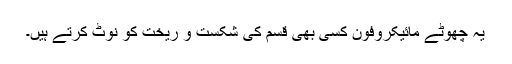
یہ چھوٹے مائیکروفون کسی بھی قسم کی شکست و ریخت کو نوٹ کرتے ہیں۔